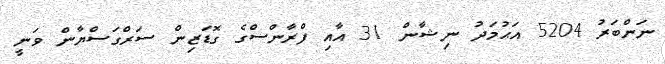
ނަންބަރު 5204 އަޙުމަދު ނިޝާން 31 އާއި ފްރާންސްގެ ގޮޑަޒިން ސަރްގަސްޔާން ވަނީ